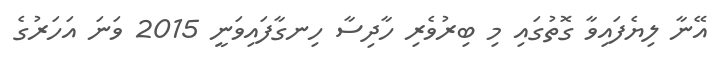
އޭނާ ލިޔެފައިވާ ގޮތުގައި މި ބިރުވެރި ހާދިސާ ހިނގާފައިވަނީ 2015 ވަނަ އަހަރުގެ